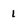
Character: 1